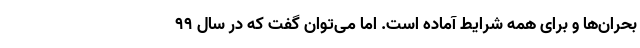
بحران‌ها و برای همه شرایط آماده‌ است. اما می‌توان گفت که در سال ۹۹